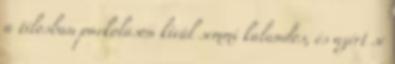
a tilosban parkoláson kívül semmi kalandos, és azért se